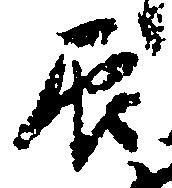
辰